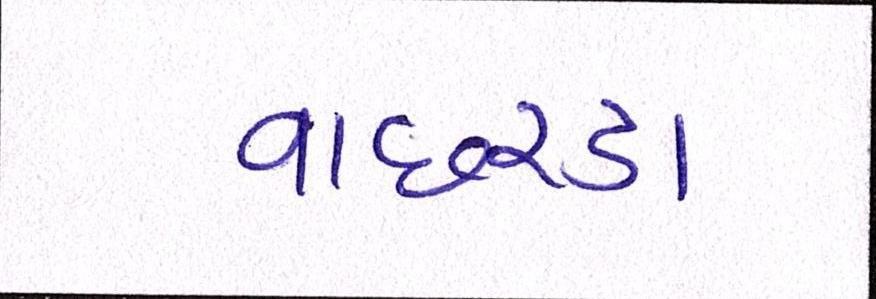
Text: વાછરડા